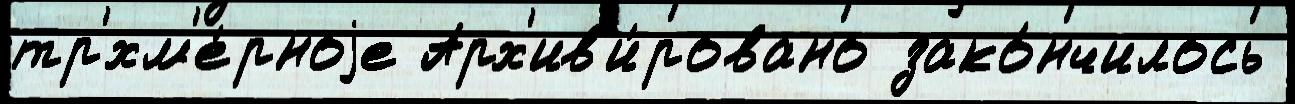
тр'хм'е́рноjе Арх'ив'и́ровано зако́нчилось